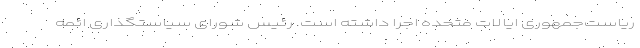
ریاست‌جمهوری ایالات ‌متحده اجرا داشته است. رئیس شورای سیاستگذاری ائمه